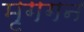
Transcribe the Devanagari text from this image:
मृगगन